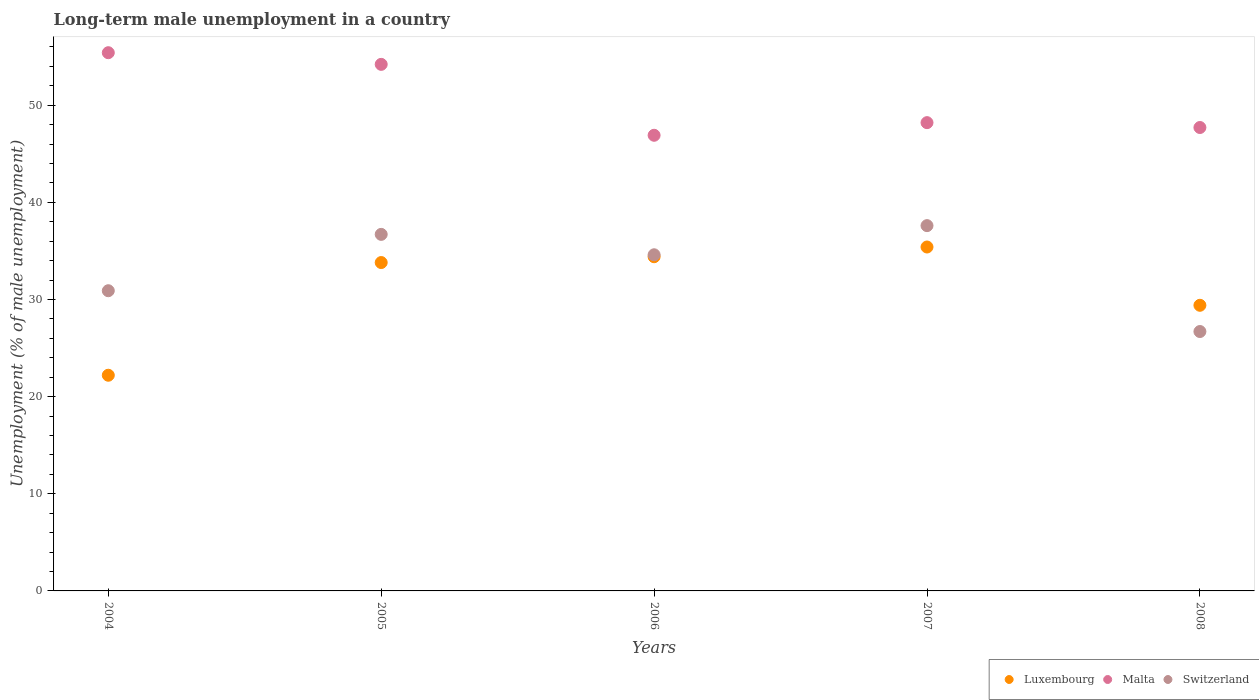
| Years | Luxembourg | Malta | Switzerland |
 | --- | --- | --- | --- |
 | 2004 | 22.2 | 55.4 | 30.9 |
 | 2005 | 33.8 | 54.2 | 36.7 |
 | 2006 | 34.4 | 46.9 | 34.6 |
 | 2007 | 35.4 | 48.2 | 37.6 |
 | 2008 | 29.4 | 47.7 | 26.7 |